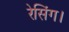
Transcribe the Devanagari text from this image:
रेसिंग।